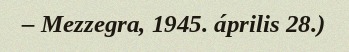
– Mezzegra, 1945. április 28.)